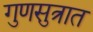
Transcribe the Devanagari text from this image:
गुणसुत्रात